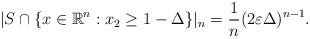
LaTeX: \begin{align*}|S\cap \{x\in\mathbb{R}^n: x_2\geq 1-\Delta \}|_n=\frac{1}{n}(2\varepsilon\Delta)^{n-1}.\end{align*}